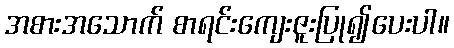
အစားအသောက် စာရင်းကျေးဇူးပြု၍ပေးပါ။